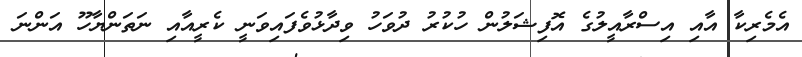
އެމެރިކާ އާއި އިސްރާއީލުގެ އޮފިޝަލުން ހުކުރު ދުވަހު ވިދާޅުވެފައިވަނީ ކެރީއާއި ނަތަންޔާހޫ އަންނަ